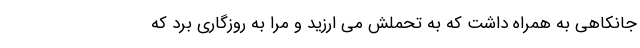
جانکاهی به همراه داشت که به تحملش می ارزید و مرا به روزگاری برد که